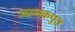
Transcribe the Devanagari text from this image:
उद्दालकपुत्र